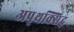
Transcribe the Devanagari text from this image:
अपृथक्सिद्ध